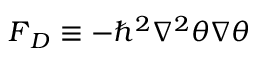
\boldsymbol { F } _ { D } \equiv - \hbar ^ { 2 } \nabla ^ { 2 } \theta \boldsymbol { \nabla } \theta